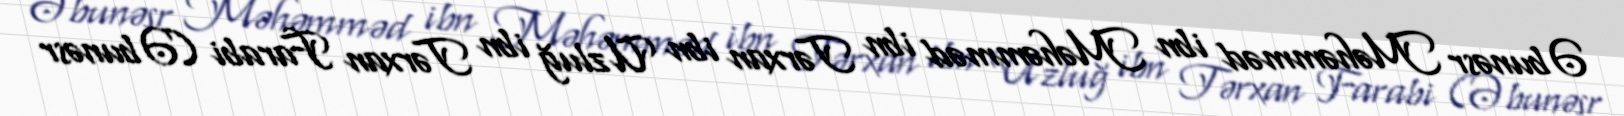
Əbunəsr Məhəmməd ibn Məhəmməd ibn Tərxan ibn Uzluğ ibn Tərxan Farabi (Əbunəsr